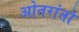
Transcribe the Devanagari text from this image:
ओतरांतो